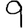
Digit: 9